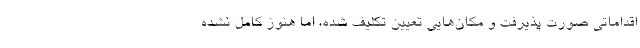
اقداماتی صورت پذیرفت و مکان‌هایی تعیین تکلیف شده، اما هنوز کامل نشده